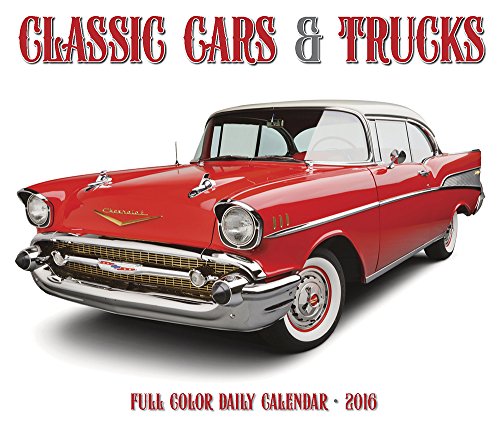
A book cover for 2016 Classic Cars & Trucks Box Calendar; Willow Creek Press; Calendars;